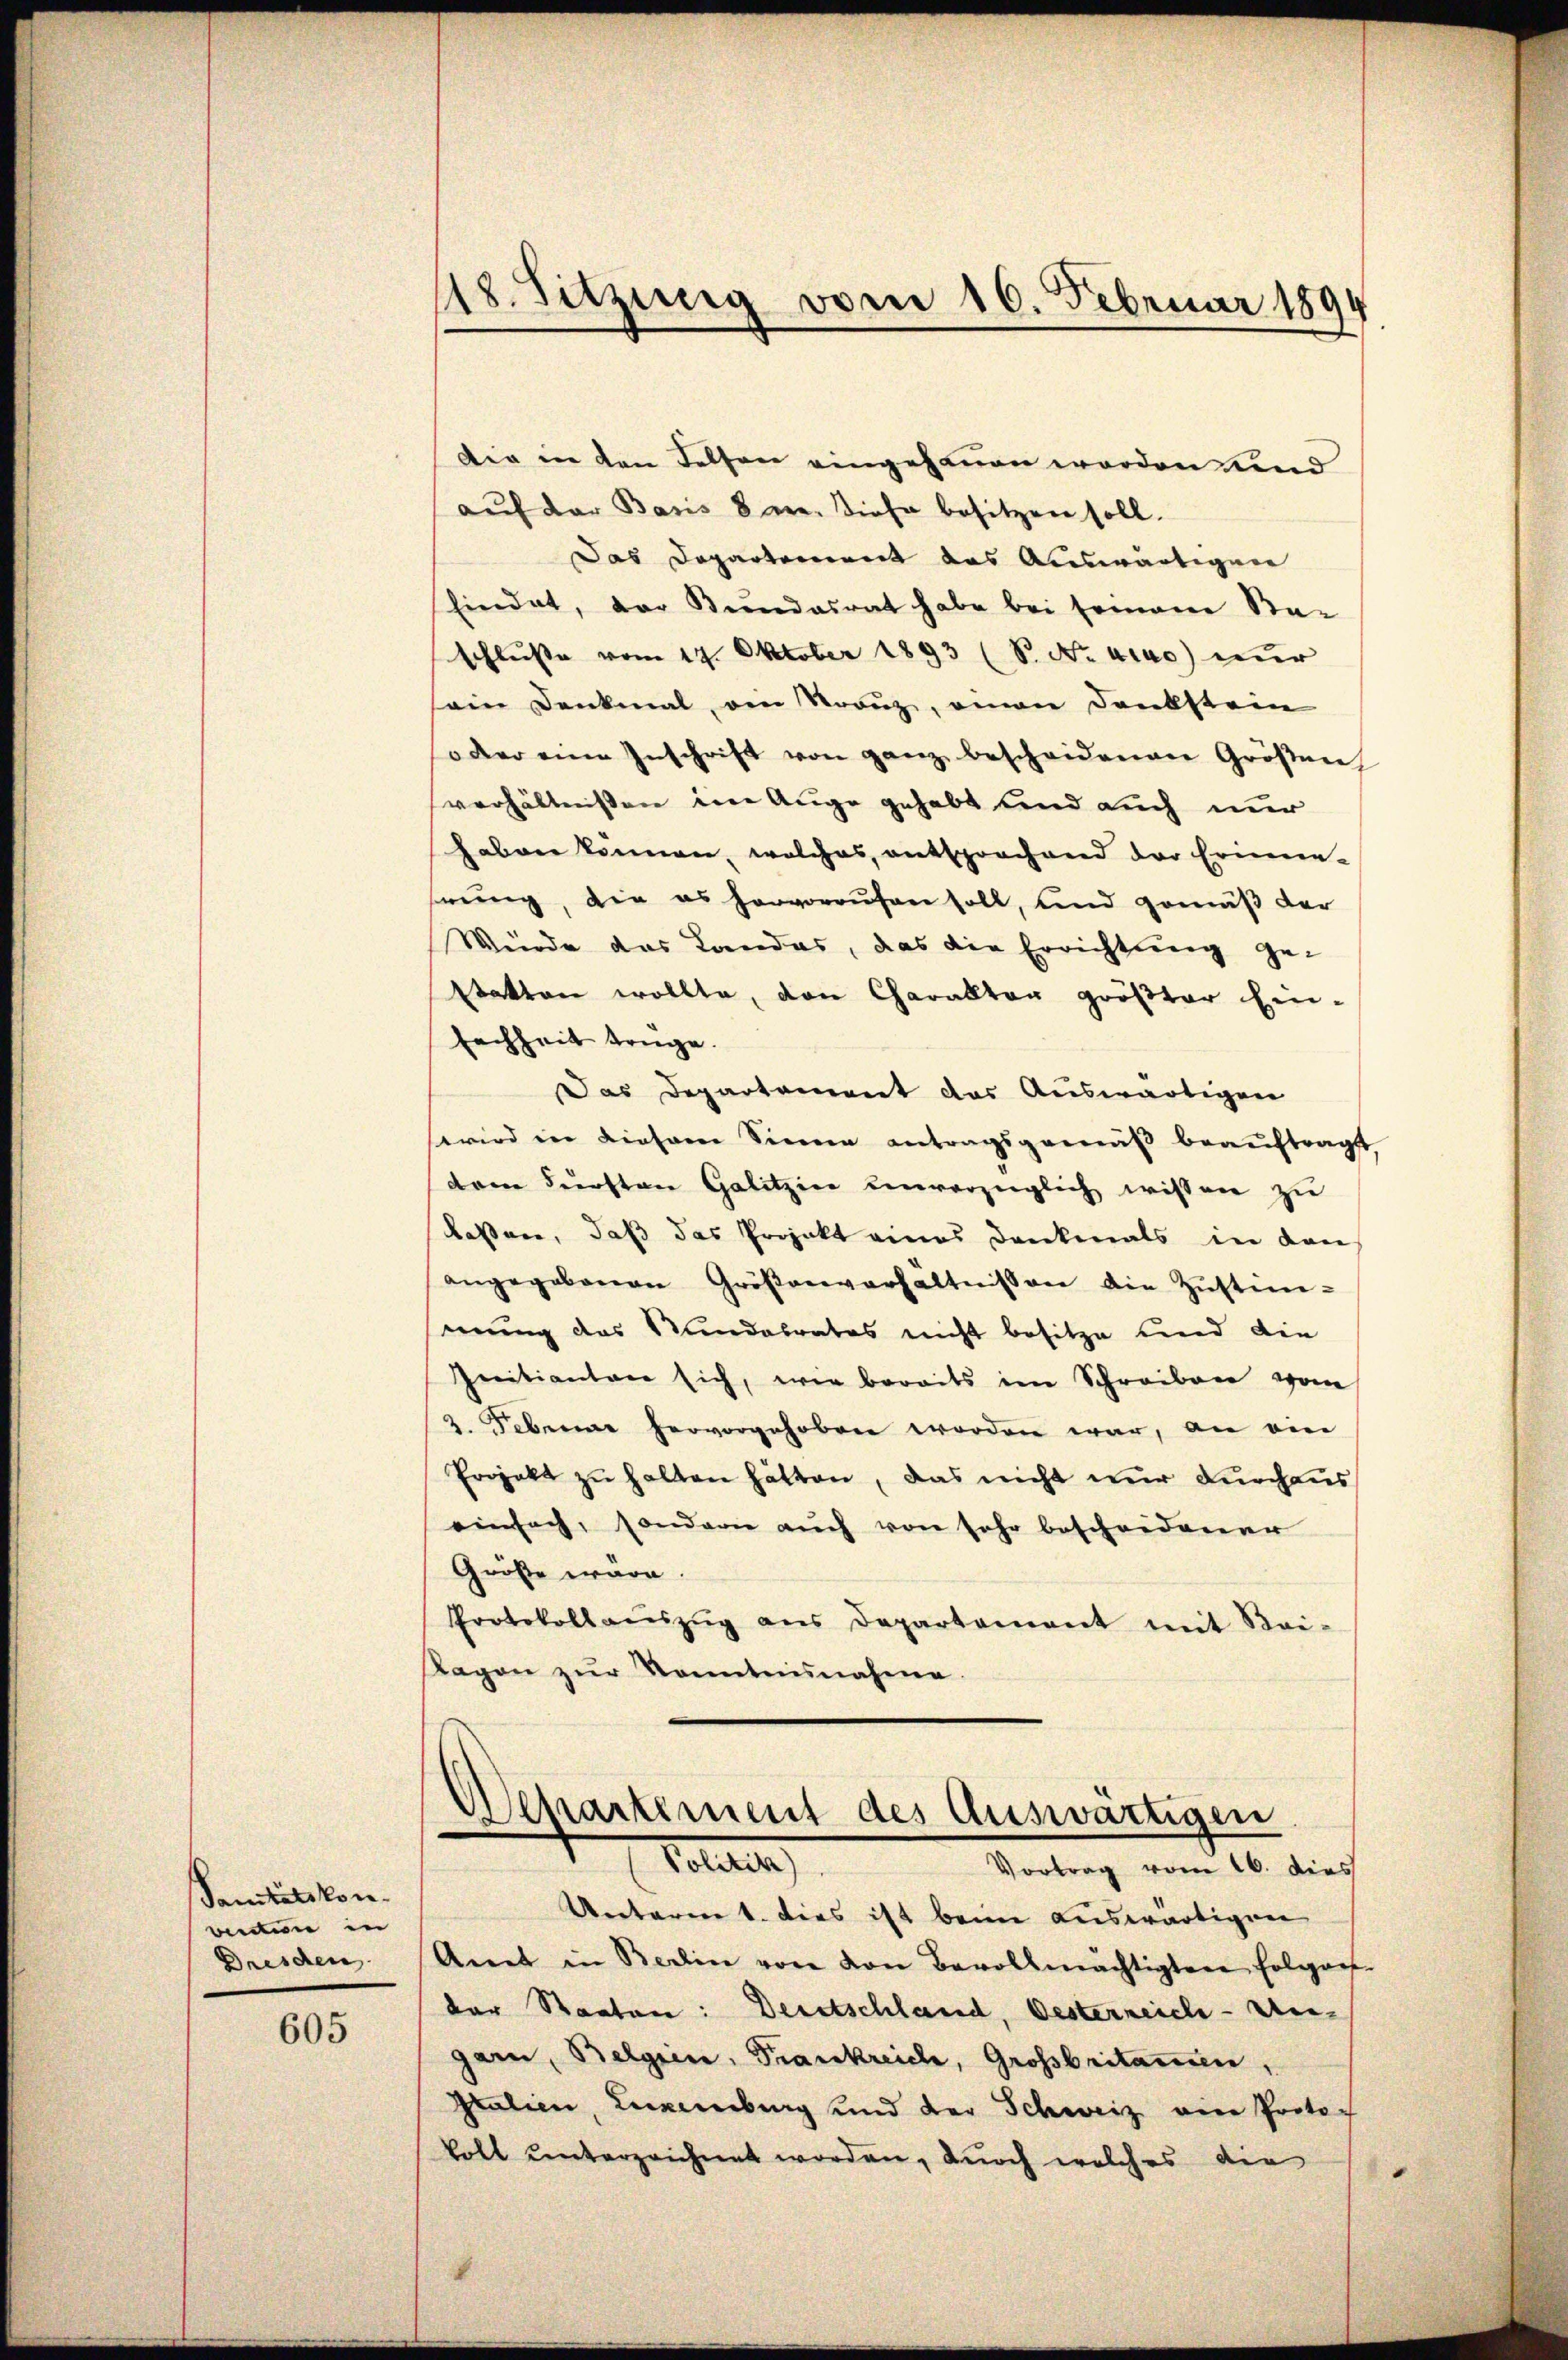
Sanitätskon
vietten in
Dreschen

605

18. Sitzung vom 16. Februar 1894

Die in den Felsen eingesannen worden und
aŭf der Basis 8 m. Siehe besitzen soll.
Das Departement das Auswärtigen
Eindet, der Bundesrat habe bei semane Sta-
schluße vom 14. Oktober 1893 (S. Nr. also nur
sein Denkmal, den Kreuz, einen Dankstein
soder eine Inschrift von ganz bescheidenen Großen
verhältnissen im Auge gehabt und auch nur
haben können, welches, entsprochend der Erinne-
hrung, die es hervorrufen soll, und gemäβ der
Würde das Landas, das die Errichtung ge-
statten wollte, den Charakter größter Ein-
fachheit trüge.
Das Departement das Auswärtigen
wird in diesem Sinne antragsgemäß beaŭftragt
dem Fürsten Galitzin unverzüglich wissen zu
lassen, daß das Projekt eines Dankmals in den
angegebenen Größenverhältnissen die Zŭstim-
mung das Wundabrates nicht besitze und die
Initianten sich, wie bereits im Schreiben vom
2. Feberne hervorgehoben worden war, an ein
Projekt zu halten hätten, das nicht nur durchaus
einfach, sondern aŭch von sehr bescheidener
Größe wäre.
Protokollaŭszŭg ans Departement mit Bei-
Tagen zŭr Kenntnisnahme.

Achartement des Auswärtigen
 Lotter
Vortrag vom 16. dies

Unterm 1. dies ist beim auswärtigen
Amt in Berlin von von Bevollmächtigten folgart
der Staaten: Deretschland, Oesterreich-Ungarn, Belgien, Frankreiche, Großbritamen,
Pralien, Neuenburg und der Schweiz eine Protoc
kolt unterzeichnet worden, durch welches die
.